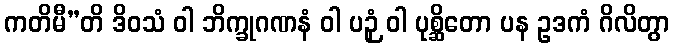
ကတိမီ”တိ ဒိဝသံ ဝါ ဘိက္ခုဂဏနံ ဝါ ပဉှံ ဝါ ပုစ္ဆိတော ပန ဥဒကံ ဂိလိတွာ